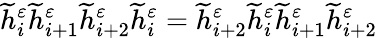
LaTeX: \widetilde{h}_{i}^{\varepsilon}\widetilde{h}_{i+1}^{\varepsilon}\widetilde{h}_{i+2}^{\varepsilon}\widetilde{h}_{i}^{\varepsilon}=\widetilde{h}_{i+2}^{\varepsilon}\widetilde{h}_{i}^{\varepsilon}\widetilde{h}_{i+1}^{\varepsilon}\widetilde{h}_{i+2}^{\varepsilon}